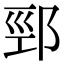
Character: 䣆